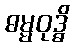
ဓမ္မဝုဒ္ဓိ